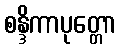
စန္ဒိကာပုတ္တော